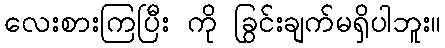
လေးစားကြပြီး ကို ခြွင်းချက်မရှိပါဘူး။